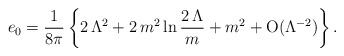
\begin{align*}e_0 = {1\over 8\pi} \left\{2\,\Lambda^2 + 2\,{m^2} \ln {2\,\Lambda\over m} + {m^2} + {\rm O}(\Lambda^{-2})\right\}. \end{align*}